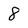
Character: 8